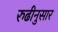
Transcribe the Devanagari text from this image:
रुढीनुसार